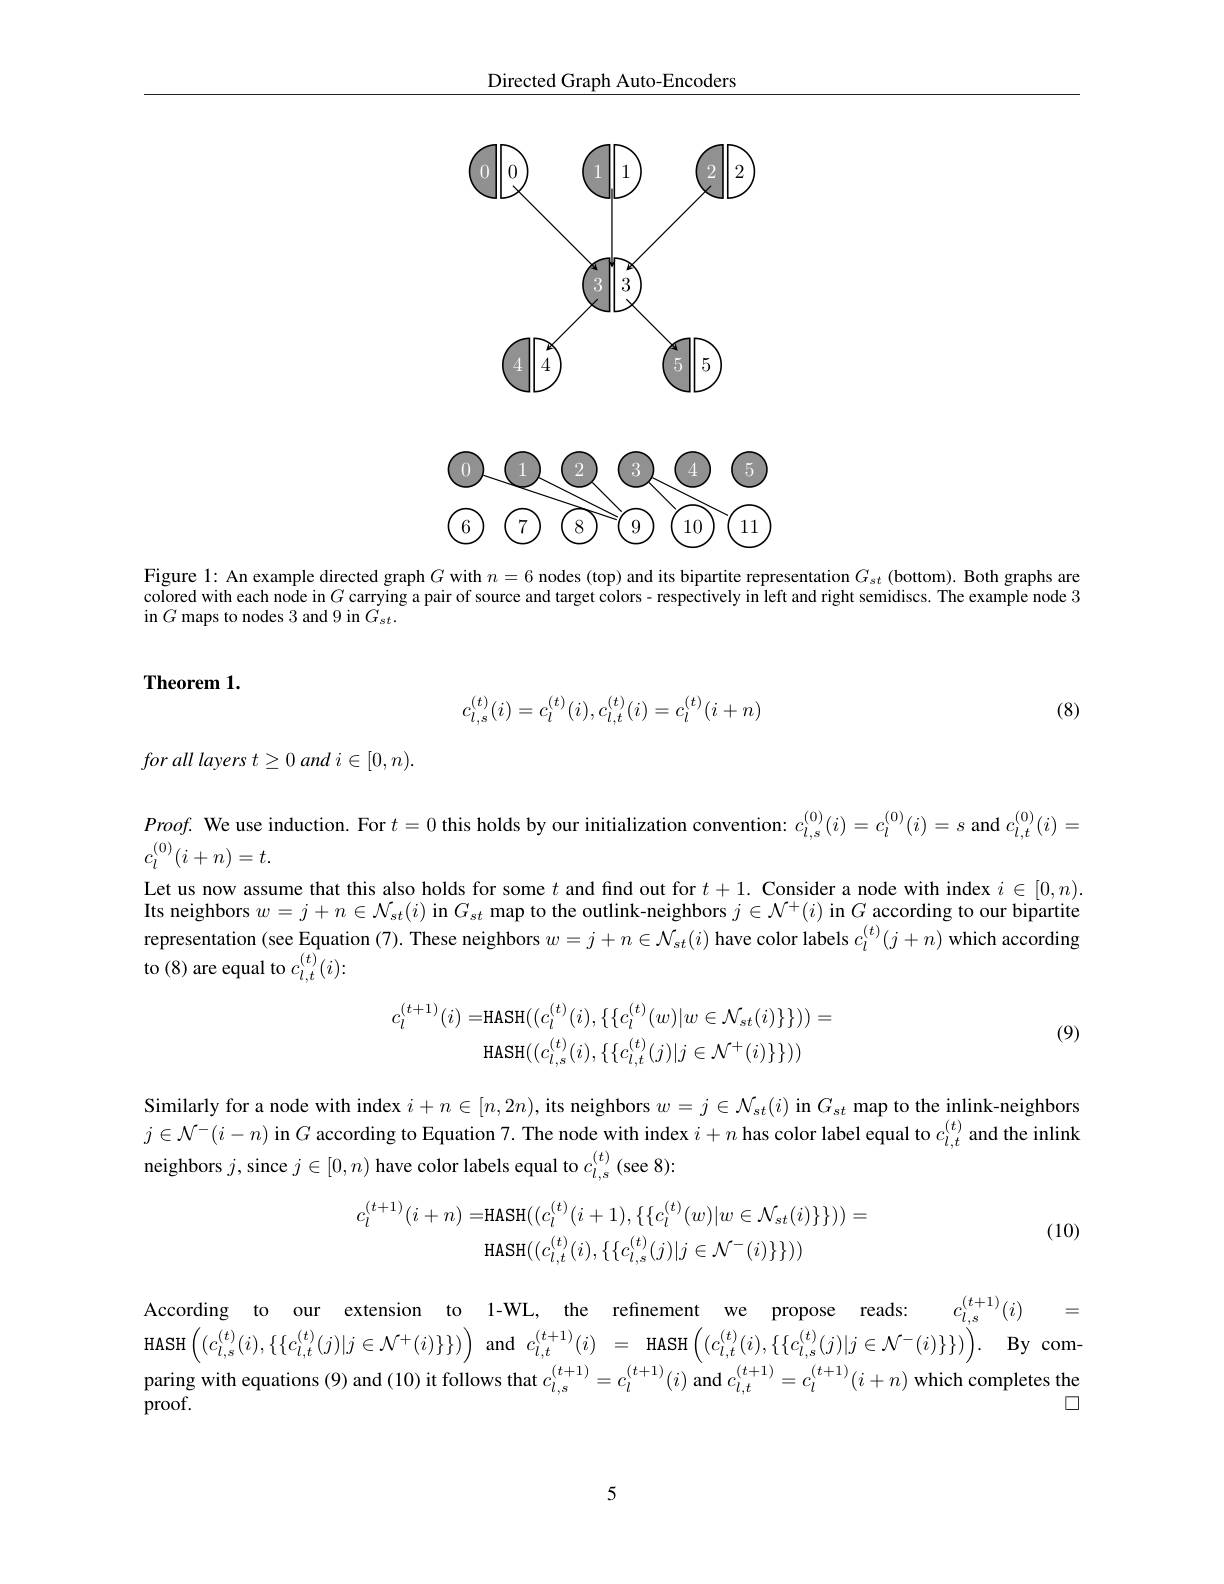
Directed Graph Auto-Encoders

<FigureHere>

<FigureHere>

Figure 1: An example directed graph $G$ with $n=6$ nodes (top) and its bipartite representation $G_{st}$ (bottom). Both graphs are colored with each node in $G$ carrying a pair of source and target colors - respectively in left and right semidiscs. The example node 3 in $G$ maps to nodes 3 and 9 in $\dot G_{st}.$

## Theorem 1.
$$c_{l,s}^{(t)}(i)=c_l^{(t)}(i),c_{l,t}^{(t)}(i)=c_l^{(t)}(i+n)$$
(8)

for all layers $t\geq 0$ and $i\in [ 0, n) .$

$Proof.$ We use induction. For $t=0$ this holds by our initialization convention: $c_{l,s}^{(0)}(i)=c_{l}^{(0)}(i)=s$ and $c_l,t^{(0)}(i)=$
$c_l^{(0)}(i+n)=t.$

Let us now assume that this also holds for some $t$ and find out for $t+ 1. \textbf{Consider a node with index }i\in [ 0, n) .$ Its neighbors $w=j+n\in\mathcal{N}_st(i)$ in $G_st$ map to the outlink-neighbors $j\in\mathcal{N}^+(i)$ in $G$ according to our bipartite representation (see Equation (7). These neighbors $w=j+n\in\mathcal{N}_st(i)$ have color labels $c_l^{(t)}(j+n)$ which according to (8) are equal to $c_l,t^{(t)}(i)\colon$
$$\begin{aligned}c_{l}^{(t+1)}(i)=&\mathrm{HASH}((c_{l}^{(t)}(i),\{\{c_{l}^{(t)}(w)|w\in\mathcal{N}_{st}(i)\}\}))=\\&\mathrm{HASH}((c_{l,s}^{(t)}(i),\{\{c_{l,t}^{(t)}(j)|j\in\mathcal{N}^{+}(i)\}\}))\end{aligned}$$
(9)

Similarly for a node with index $i+n\in[n,2n)$, its neighbors $w=j\in\mathcal{N}_{st}(i)$ in $G_{st}$ map to the inlink-neighbors $j\in\mathcal{N}^-(i-n)$ in $G$ according to Equation 7. The node with index $i+n$ has color label equal to $c_l,t^{(t)}$ and the inlink neighbors $j$, since $j\in[0,n)$ have color labels equal to $c_l,s^{(t)}$ (see 8):
$$\begin{aligned}c_{l}^{(t+1)}(i+n)=&\mathrm{HASH}((c_{l}^{(t)}(i+1),\{\{c_{l}^{(t)}(w)|w\in\mathcal{N}_{st}(i)\}\}))=\\&\mathrm{HASH}((c_{l,t}^{(t)}(i),\{\{c_{l,s}^{(t)}(j)|j\in\mathcal{N}^{-}(i)\}\}))\end{aligned}$$
(10)

$\begin{array}{rcl}\text{Acccording}&\text{to}&\text{our}&\text{extension}&\text{to}&\textbf{1-WL,}&\text{the}&\text{refinement}&\text{we}&\text{propose}&\text{reads:}&c_{l,s}^{(t+1)}(i)&=\\\text{HASH}&\left((c_{l,s}^{(t)}(i),\{c_{l,t}^{(t)}(j)|j\in\mathcal{N}^{+}(i)\}\}\right)&\text{and}&c_{l,t}^{(t+1)}(i)&=&\text{HASH}\left((c_{l,t}^{(t)}(i),\{\{c_{l,s}^{(t)}(j)$ paring with equations (9) and (10) it follows that $c_{l,s}^{(t+1)}=c_{l}^{(t+1)}(i)$ and $c_l,t^{(t+1)}=c_{l}^{(t+1)}(i+n)$ which completes the
□
${\mathrm{proof.}}$

5